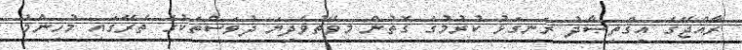
ރާއްޖޭގެ އިޤްތިޞާދު ރަނގަޅު ކުރުމުގެ ގޮތުން މިވޭތުވެދިޔަ ދުވަސްތަކުގެ ތެރޭގައި މުހިންމު